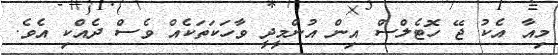
މިއާ އެކު ޖޭ ހޮޓެލްސް އިން އުންމީދީ ވާހަކަތަކެއް ވެސް ދެއްކި އެވެ.